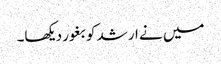
میں نے ارشد کو بغور دیکھا۔